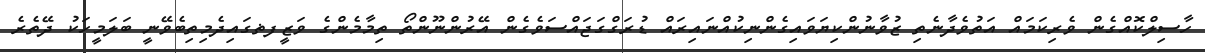
ހާސިލްކޮއްގެން ވެރިކަމައް އަތުވެދާނެތި ޒުވާނުންކިޔަވައިގެެންނިކުއްނައިރައް ޑުރަގްގަޖައްސަވެގެން އޭރުންނޫންތޯ ތިމާމެންގެ ވަޒީފޡގައިދެމިތިބެވޭނީ ބަލަމީހަކު ދޭތެރެ